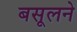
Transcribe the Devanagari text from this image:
बसूलने